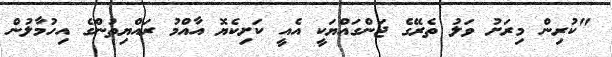
"ކުރިން މިރަށު ވަލު ތެރޭގެ ޖަންގައްޔަކީ އެއީ ކަށިކެޔޮ އާއްމު ރައްޔިތުންގެ އިހުމާލުން